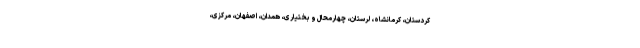
کردستان، کرمانشاه، لرستان، چهارمحال و بختیاری، همدان، اصفهان، مرکزی،